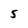
Character: 5